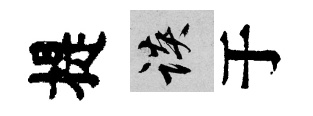
提談于